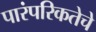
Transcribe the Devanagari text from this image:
पारंपरिकतेचे